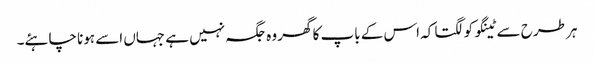
ہر طرح سے ٹینگو کو لگتا کہ اس کے باپ کا گھر وہ جگہ نہیں ہے جہاں اسے ہونا چاہئے۔